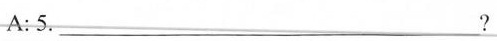
A:5.__?